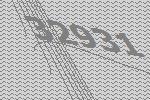
32931